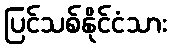
ပြင်သစ်နိုင်ငံသား